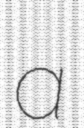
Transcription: a